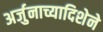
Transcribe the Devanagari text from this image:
अर्जुनाच्यादिशेने